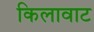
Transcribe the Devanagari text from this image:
किलावाट